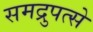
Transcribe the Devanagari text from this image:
समद्रुपत्से